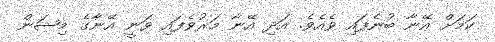
ކަމަށް އޭނާ ބުނެފައި ވެއެވެ. އަދި އޭނާ މަރުވެފައި ވަނީ އޭނާގެ މިޝަން